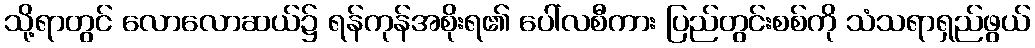
သို့ရာတွင် လောလောဆယ်၌ ရန်ကုန်အစိုးရ၏ ပေါ်လစီကား ပြည်တွင်းစစ်ကို သံသရာရှည်ဖွယ်